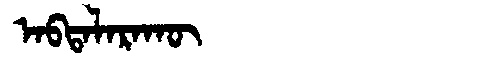
Manchu: ᠠᠪᡨᠠᠯᠠᡵᠠᡴᡡ
Romanization: ABTALARAKŪ